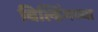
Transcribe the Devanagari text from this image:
बिल्डिंगच्या